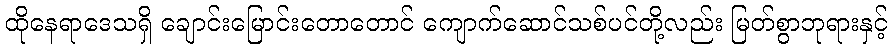
ထိုနေရာဒေသရှိ ချောင်းမြောင်းတောတောင် ကျောက်ဆောင်သစ်ပင်တို့လည်း မြတ်စွာဘုရားနှင့်